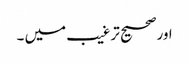
اورصحیح ترغیب میں ۔